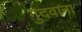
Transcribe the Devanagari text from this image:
गुदवाना